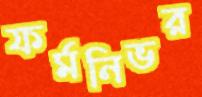
ফর্মনিভর